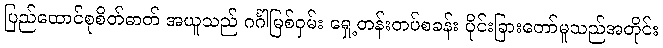
ပြည်ထောင်စုစိတ်ဓာတ် အယူသည် ဂင်္ဂါမြစ်ဝှမ်း ရှေ့တန်းတပ်စခန်း ပိုင်းခြားတော်မူသည်အတိုင်း